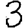
Digit: 3